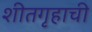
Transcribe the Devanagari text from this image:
शीतगृहाची